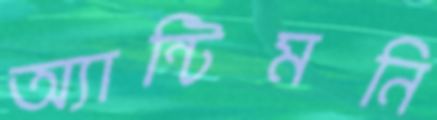
অ্যান্টিমনি